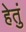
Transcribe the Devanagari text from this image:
हेतुं